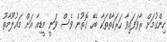
ހިންގުމަށް ރާވަފައިވާ ހަރަކާތްތަކާ ބެހޭ ގޮތުން ވެސް ވަނީ މީޑިއާ އަށް މަޢުލޫމާތު